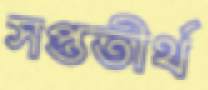
সপ্ততীর্থ